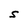
Character: S